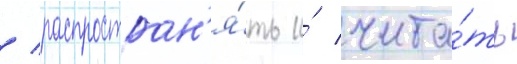
/ распростран'я́ть и́ чита́ть